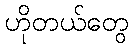
ဟိုတယ်တွေ